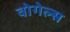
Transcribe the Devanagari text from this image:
वोगेल्स